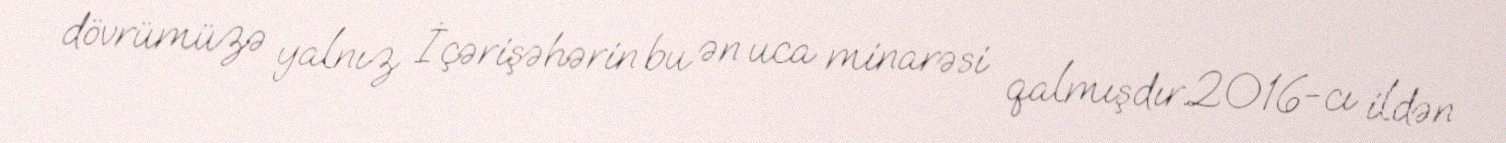
dövrümüzə yalnız İçərişəhərin bu ən uca minarəsi qalmışdır.2016-cı ildən